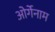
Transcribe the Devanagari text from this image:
ओर्गेनाम